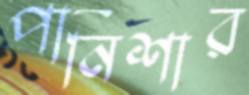
পানিশার